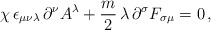
\begin{align*}\chi\,\epsilon_{\mu\nu\lambda}\,\partial^{\nu}A^{\lambda} + \frac{m}{2}\,\lambda\,\partial^{\sigma}F_{\sigma\mu} = 0\,,\end{align*}